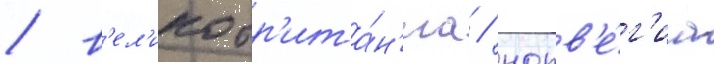
/ в'ел'икобр'ита́н'иа / норв'е́г'иа